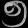
Digit: ၅